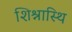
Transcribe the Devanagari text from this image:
शिश्नास्थि